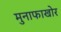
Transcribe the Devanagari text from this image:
मुनाफाखोर